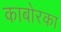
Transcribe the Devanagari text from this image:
काबोरका